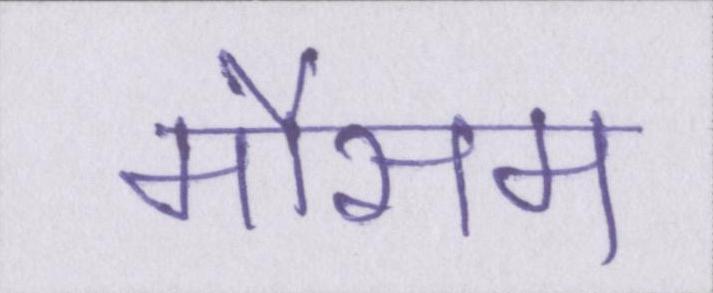
मौसम